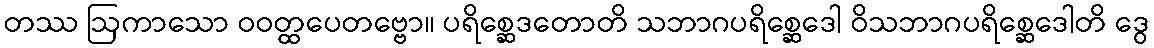
တဿ ဩကာသော ဝဝတ္ထပေတဗ္ဗော။ ပရိစ္ဆေဒတောတိ သဘာဂပရိစ္ဆေဒေါ ဝိသဘာဂပရိစ္ဆေဒေါတိ ဒွေ